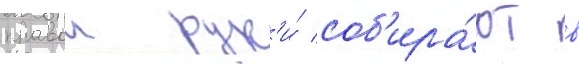
правои рук'и́ соб'ира́ют в